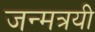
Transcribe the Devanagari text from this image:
जन्मत्रयी